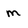
Character: m